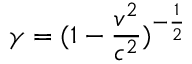
\gamma = ( 1 - \frac { v ^ { 2 } } { c ^ { 2 } } ) ^ { - \frac { 1 } { 2 } }